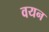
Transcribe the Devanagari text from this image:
वयन